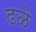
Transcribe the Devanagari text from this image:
ढळे